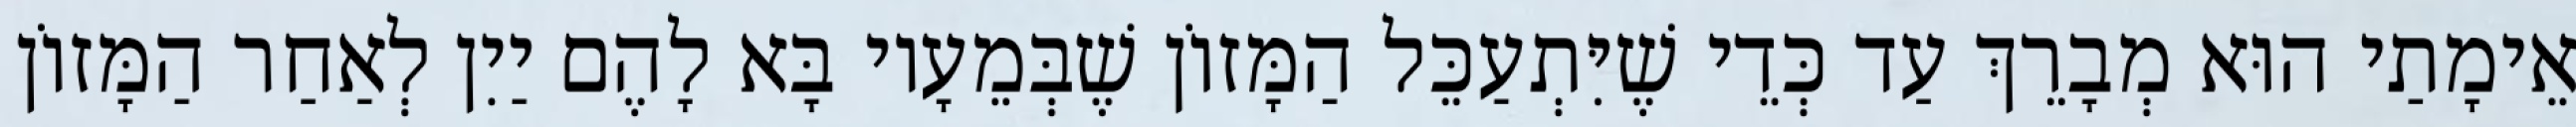
אֵימָתַי הוּא מְבָרֵךְ עַד כְּדֵי שֶׁיִּתְעַכֵּל הַמָּזוֹן שֶׁבְּמֵעָיו בָּא לָהֶם יַיִן לְאַחַר הַמָּזוֹן